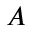
A